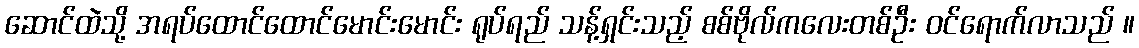
ဆောင်ထဲသို့ အရပ်ထောင်ထောင်မောင်းမောင်း ရုပ်ရည် သန့်ရှင်းသည့် စစ်ဗိုလ်ကလေးတစ်ဦး ဝင်ရောက်လာသည် ။